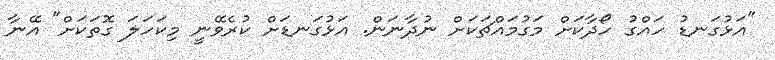
"އަޅުގަނޑު ހައްގު ހޯދާކަށް މަގުމައްޗަކަށް ނުދާނަން. އަޅުގަނޑަށް ކުރެވޭނީ މިކަހަލަ ގޮތަކަށް" އޭނާ